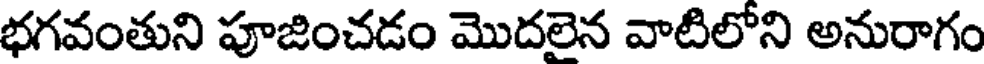
భగవంతుని పూజించడం మొదలైన వాటిలోని అనురాగం